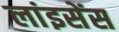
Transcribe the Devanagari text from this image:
लांइसेंस